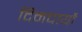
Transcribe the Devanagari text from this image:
दिनचार्यो